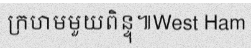
ក្រហមមួយពិន្ទុ៕West Ham